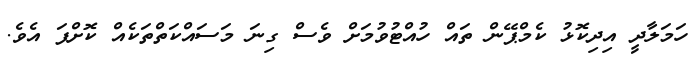
ހަމަލާދީ އިދިކޮޅު ކެމްޕޭން ތައް ހުއްޓުވުމަށް ވެސް ގިނަ މަސައްކަތްތަކެއް ކޮށްފަ އެވެ.